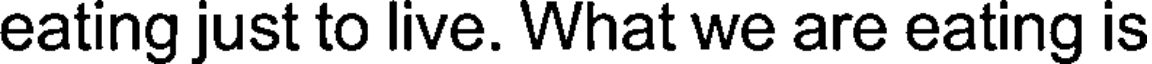
eating just to live. What we are eating is